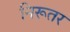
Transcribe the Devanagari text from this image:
निरूतर